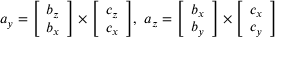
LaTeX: a _ { y } = { \left[ \begin{array} { l } { b _ { z } } \\ { b _ { x } } \end{array} \right] } \times { \left[ \begin{array} { l } { c _ { z } } \\ { c _ { x } } \end{array} \right] } , \ a _ { z } = { \left[ \begin{array} { l } { b _ { x } } \\ { b _ { y } } \end{array} \right] } \times { \left[ \begin{array} { l } { c _ { x } } \\ { c _ { y } } \end{array} \right] }